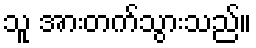
သူ အားတက်သွားသည်။